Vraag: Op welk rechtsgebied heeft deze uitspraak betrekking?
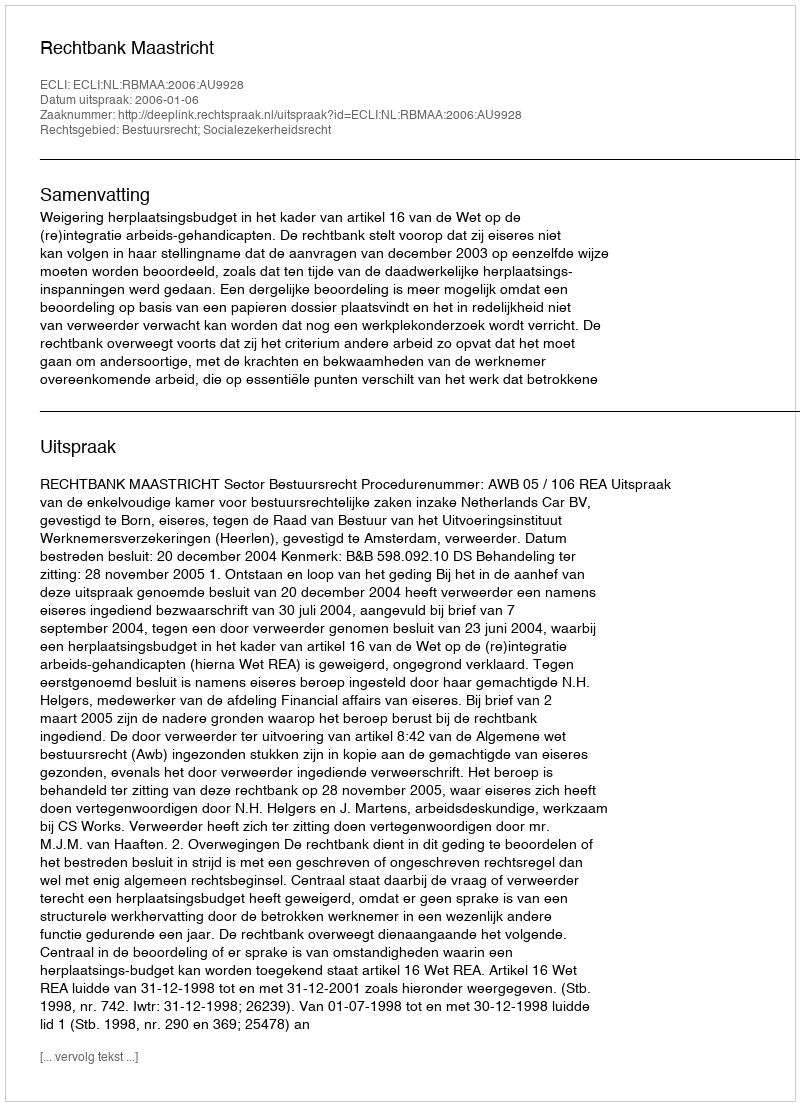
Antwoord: Bestuursrecht; Socialezekerheidsrecht